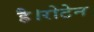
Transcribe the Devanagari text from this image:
है।रोटेन